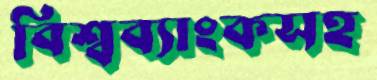
বিশ্বব্যাংকসহ